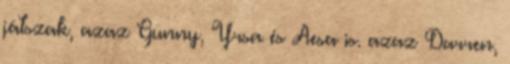
játszak, azaz Gunny, Yrsa és Aesa is. azaz Darren,